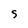
Character: S